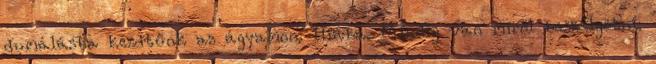
dumálásba kezdtünk az ágyamon. Hiába. Mindig van miről beszélgetni.